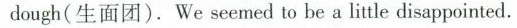
dough(生面团). We seemed to be a little disappointed.